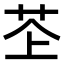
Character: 𫇳